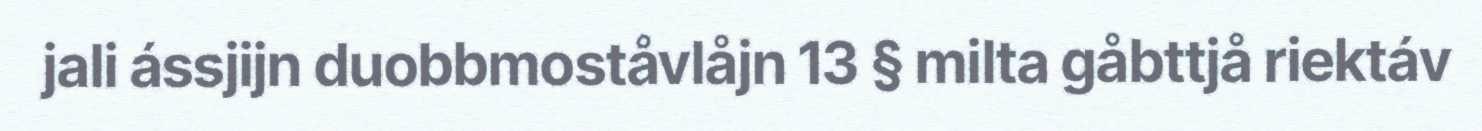
jali ássjijn duobbmoståvlåjn 13 § milta gåbttjå riektáv